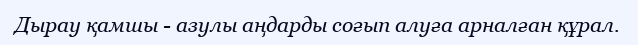
Дырау қамшы - азулы аңдарды соғып алуға арналған құрал.